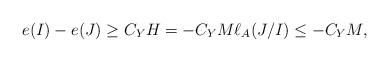
LaTeX: \begin{align*}e(I)-e(J)\ge C_Y H = -C_YM \ell_A(J/I) \le -C_YM,\end{align*}